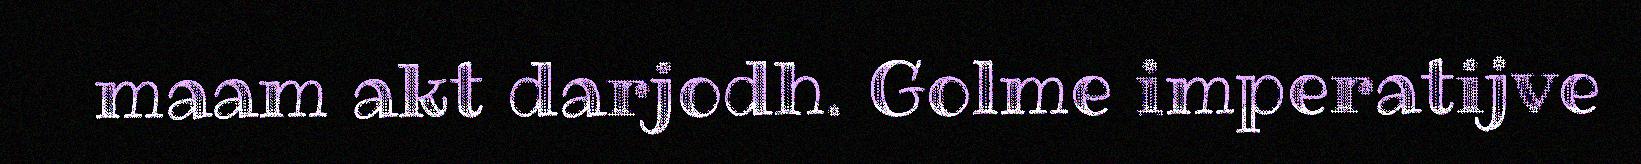
maam akt darjodh. Golme imperatijve